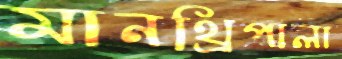
মানথ্রিপালা